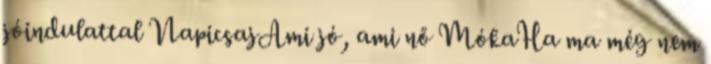
jóindulattal NapicsajAmi jó, ami nő MókaHa ma még nem